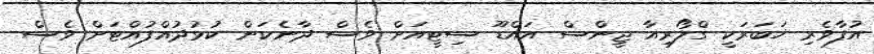
އުފާވެރި ޚަބަރަކީ ގްލޯރިއާ ޖީންސް އައްޑޫ ސިޓީއަށް ވެސް ދާނެކަން ކުޅުދުއްފުއްޓަށް ވެސް